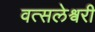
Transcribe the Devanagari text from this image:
वत्सलेश्वरी